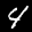
Label: 4